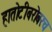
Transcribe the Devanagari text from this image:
हातोटीबरोबरच